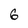
Character: 6